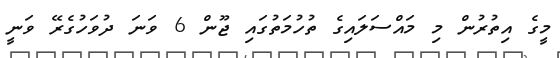
މީގެ އިތުރުން މި މައްސަލައިގެ ތުހުމަތުގައި ޖޫން 6 ވަނަ ދުވަހުގެރޭ ވަނީ